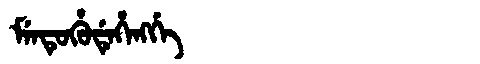
Manchu: ᠮᡝᠨᡨᡠᡥᡠᡩᡝᡥᡝᠩᡤᡝ
Romanization: MENTUHUDEHENGGE